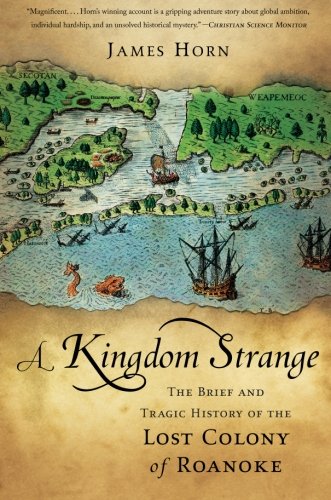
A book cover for A Kingdom Strange: The Brief and Tragic History of the Lost Colony of Roanoke; James Horn; History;